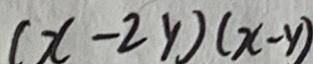
( x - 2 y ) ( x - y )